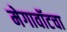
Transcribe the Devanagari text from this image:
मेगावॉटचा